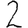
Digit: 2